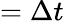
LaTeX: =\Delta t